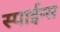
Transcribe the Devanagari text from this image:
स्पाईन्स